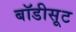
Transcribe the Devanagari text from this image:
बॉडीसूट